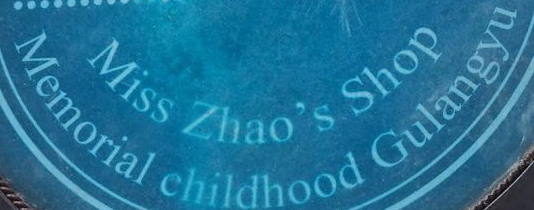
Memorial childhood Gulangyu